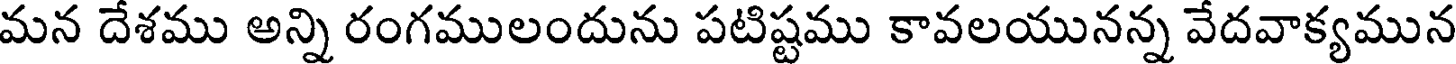
మన దేశము అన్ని రంగములందును పటిష్టము కావలయునన్న వేదవాక్యమున